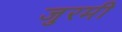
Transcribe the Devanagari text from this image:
जुरमी